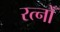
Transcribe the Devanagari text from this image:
रत्नोँ